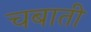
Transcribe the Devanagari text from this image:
चबाती